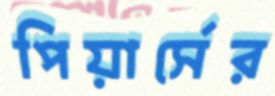
পিয়ার্সের